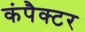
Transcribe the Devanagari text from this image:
कंपैक्टर